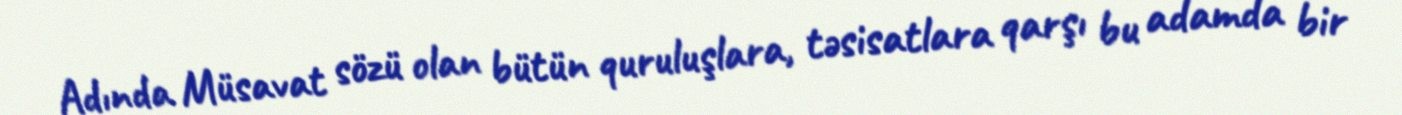
Adında Müsavat sözü olan bütün quruluşlara, təsisatlara qarşı bu adamda bir